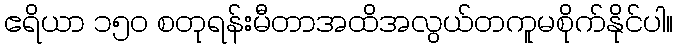
ဧရိယာ ၁၅၀ စတုရန်းမီတာအထိအလွယ်တကူမစိုက်နိုင်ပါ။